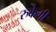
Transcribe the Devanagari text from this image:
रुकेगी